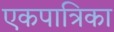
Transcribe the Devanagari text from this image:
एकपात्रिका